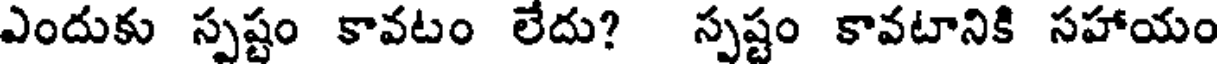
ఎందుకు స్పష్టం కావటం లేదు? స్పష్టం కావటానికి సహాయం